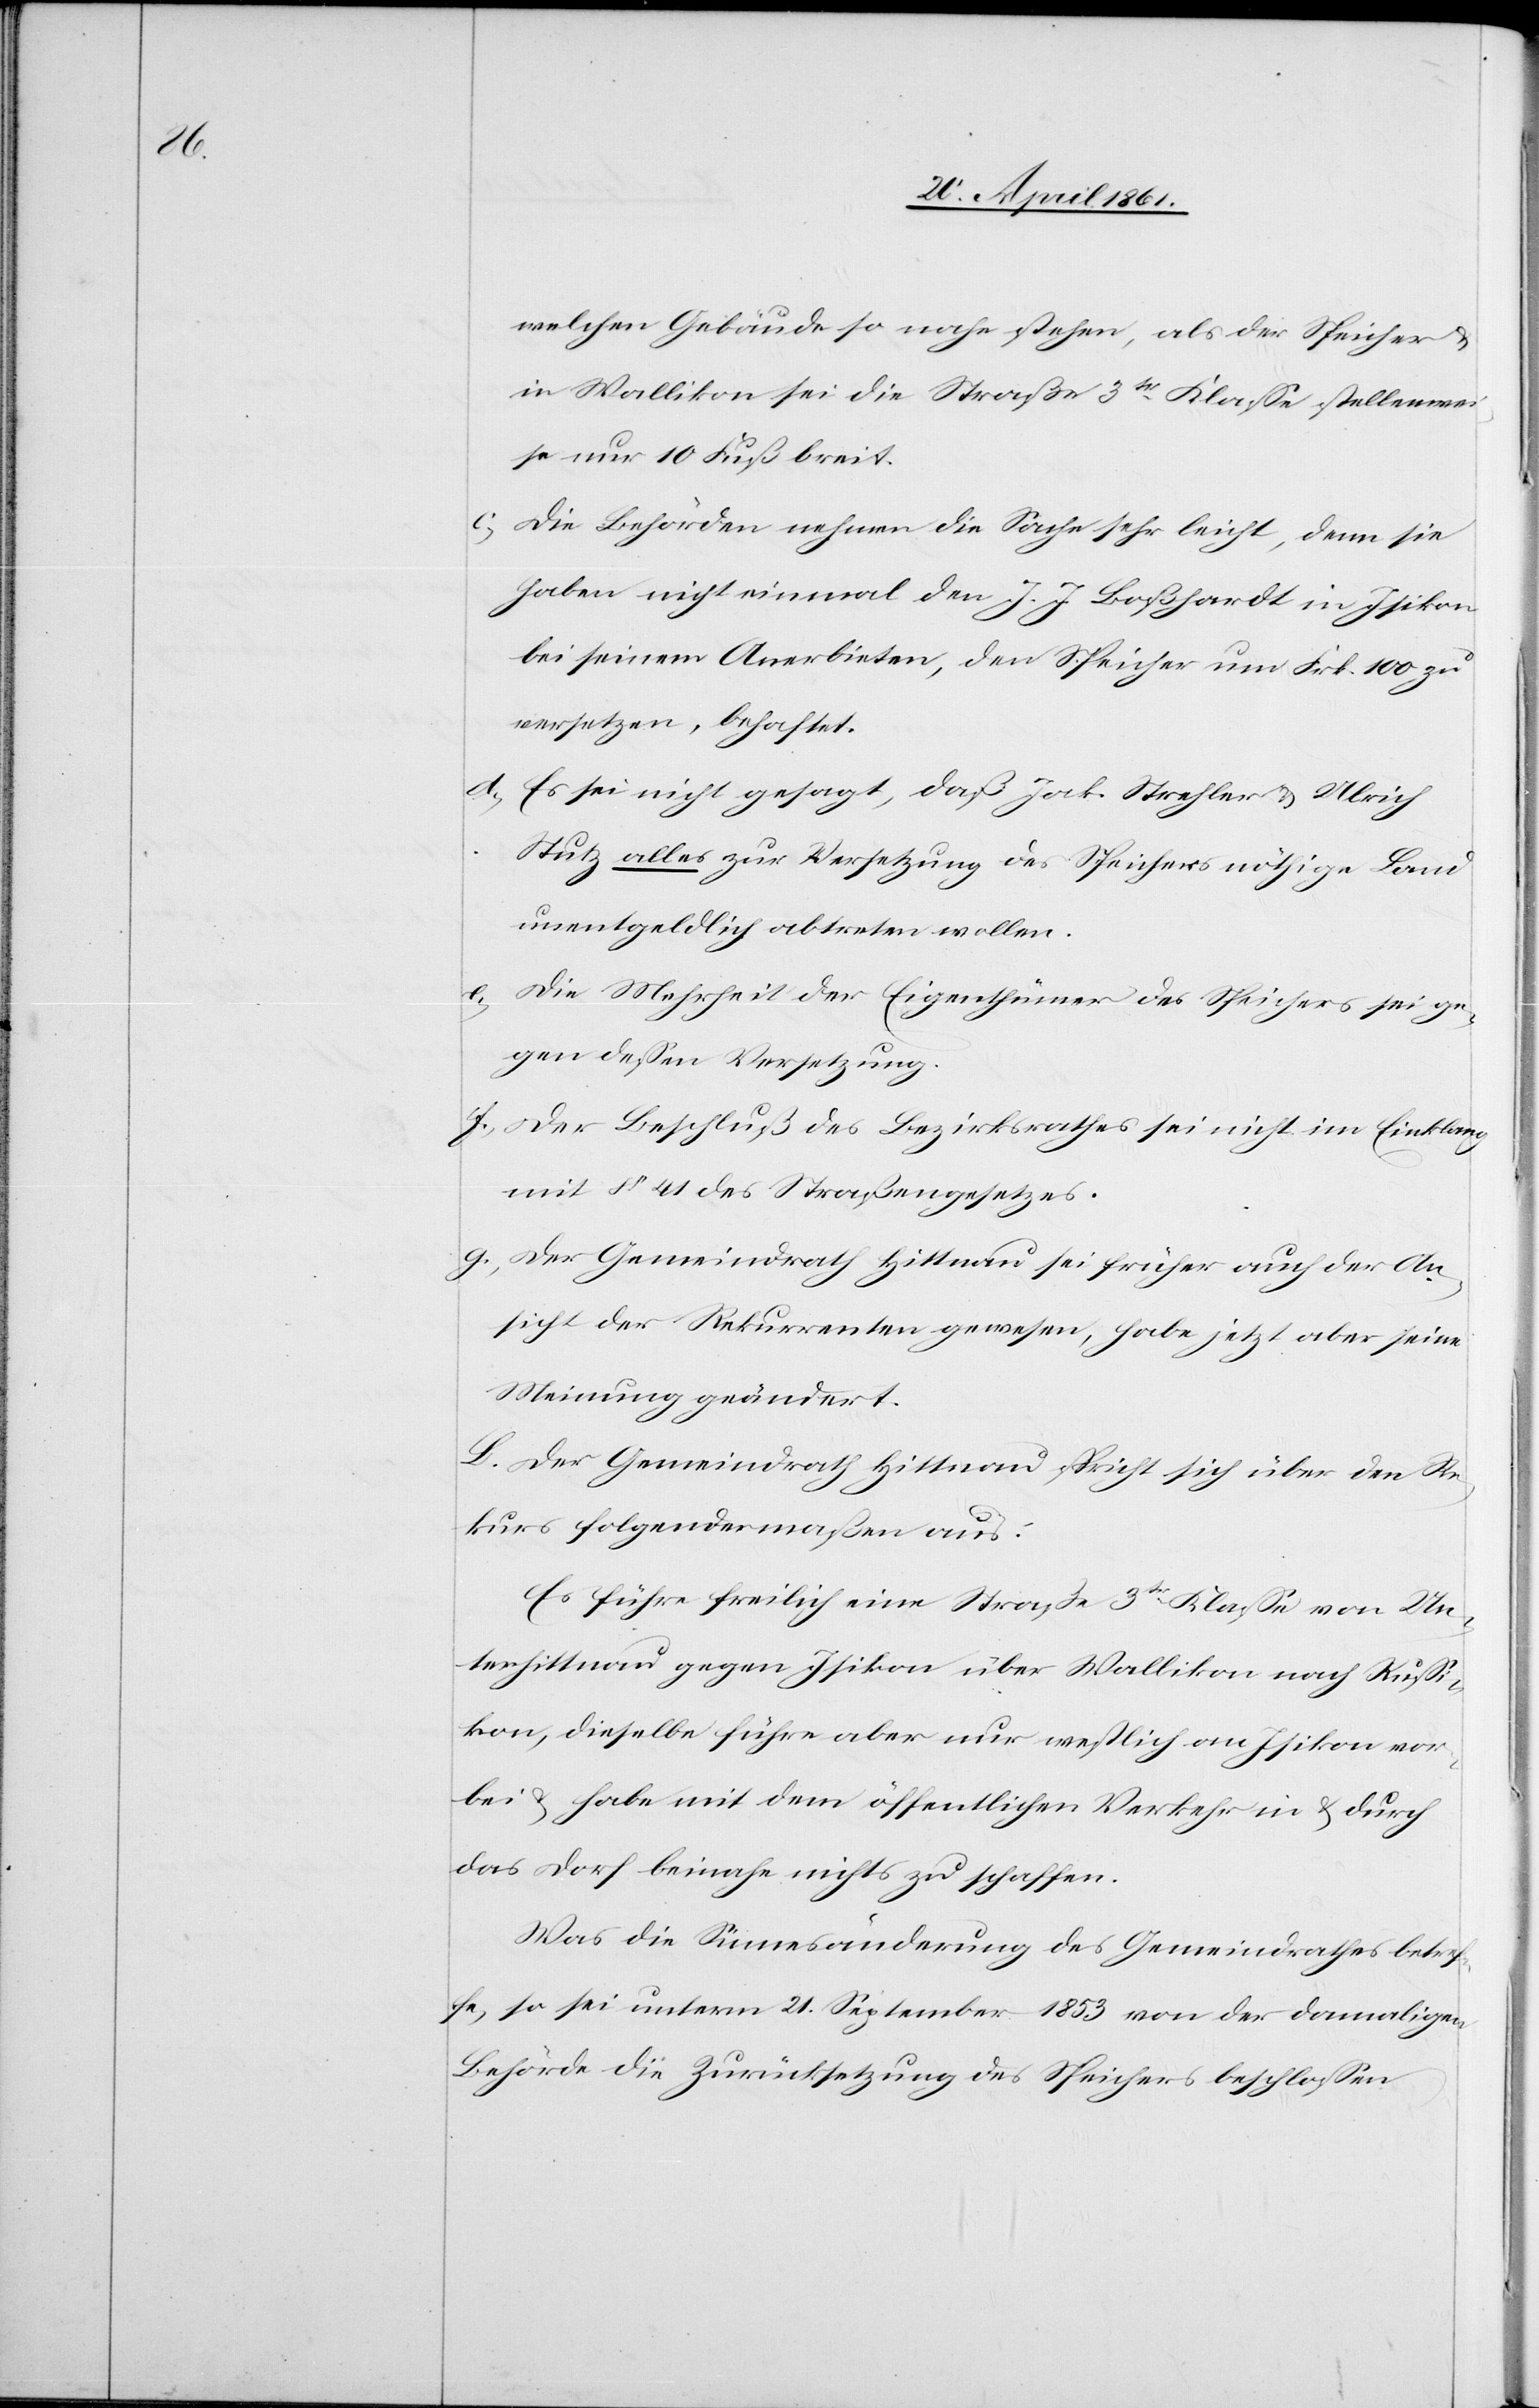
welchen Gebäude so nahe stehen, als die Speicher u.
in Wallikon sei die Straße 3tr Klasse stellenwei¬
se nur 10 Fuß breit.
c. Die Behörden nehmen die Sache sehr leicht, denn sie
haben nicht einmal den J. J. Boßhardt in Isikon
bei seinem Anerbieten, den Speicher um Frk. 100 zu
versetzen, behaftet.
d. Es sei nicht gesagt, daß Jak. Strehler u. Ulrich
Stutz alles zur Versetzung des Speichers nöthige Land
unentgeldlich abtreten wollen.
e. Die Mehrheit der Eigenthümer des Speichers sei ge¬
gen dessen Versetzung.
f. Der Beschluß des Bezirksrathes sei nicht im Einklang
mit § 41 des Straßengesetzes.
g. Der Gemeindrath Hittnau sei früher auch der An¬
sicht der Rekurrenten gewesen, habe jetzt aber seine
Meinung geändert.
L. Der Gemeindrath Hittnau spricht sich über den Re¬
kurs folgendermaßen aus:
Es führe freilich eine Straße 3tr Klasse von Un¬
terhittnau gegen Isikon über Wallikon nach Russi¬
kon, dieselbe führe aber nur westlich an Isikon vor¬
bei u. habe mit dem öffentlichen Verkehr in u. durch
das Dorf beinahe nichts zu schaffen.
Was die Sinnesänderung des Gemeindrathes betref¬
fe, so sei unterm 21. September 1853 der damaligen
Behörde die Zurücksetzung des Speichers beschlossen